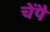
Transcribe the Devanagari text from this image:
चेंपै